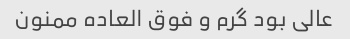
عالی بود گرم و فوق العاده ممنون